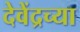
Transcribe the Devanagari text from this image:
देवेंद्रच्या